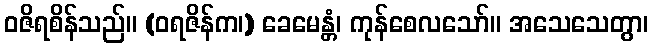
ဝဇိရစိန်သည်။ (ဝရဇိန်က၊) ခေမေန္တံ၊ ကုန်စေလသော်။ အသေသေတွာ၊